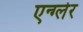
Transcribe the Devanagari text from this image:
एन्ग्लेर